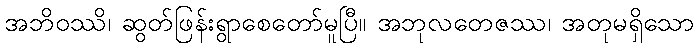
အဘိဝဿိ၊ ဆွတ်ဖြန်းရွာစေတော်မူပြီ။ အဘုလတေဇဿ၊ အတုမရှိသော